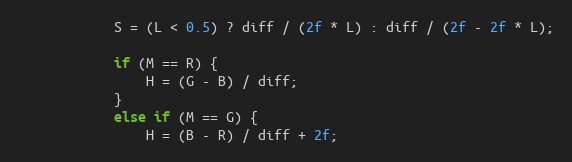
Language: Java
            S = (L < 0.5) ? diff / (2f * L) : diff / (2f - 2f * L);

            if (M == R) {
                H = (G - B) / diff;
            }
            else if (M == G) {
                H = (B - R) / diff + 2f;